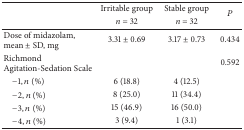
<table><thead><tr><td rowspan="2"><b> </b></td><td><b>Irritable group</b></td><td><b>Stable group</b></td><td rowspan="2"><b><i>P</i></b></td></tr><tr><td><b><i>n</i> = 32</b></td><td><b><i>n</i> = 32</b></td></tr></thead><tbody><tr><td>Dose of midazolam, mean ± SD, mg</td><td>3.31 ± 0.69</td><td>3.17 ± 0.73</td><td>0.434</td></tr><tr><td>Richmond Agitation-Sedation Scale </td><td> </td><td> </td><td>0.592</td></tr><tr><td> −1, <i>n</i> (%)</td><td>6 (18.8)</td><td>4 (12.5)</td><td> </td></tr><tr><td> −2, <i>n</i> (%)</td><td>8 (25.0)</td><td>11 (34.4)</td><td> </td></tr><tr><td> −3, <i>n</i> (%)</td><td>15 (46.9)</td><td>16 (50.0)</td><td> </td></tr><tr><td> −4, <i>n</i> (%)</td><td>3 (9.4)</td><td>1 (3.1)</td><td> </td></tr></tbody></table>